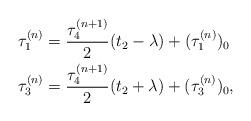
LaTeX: \begin{align*} \tau_{1}^{(n)} & = \frac{\tau_{4}^{(n+1)}}{2} (t_{2} - \lambda ) + (\tau_{1}^{(n)})_{0}\\ \tau_{3}^{(n)} &= \frac{\tau_{4}^{(n+1)}}{2} (t_{2} +\lambda ) + (\tau_{3}^{(n)})_{0},\end{align*}